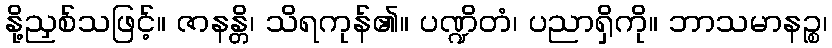
နို့ညှစ်သဖြင့်။ ဇာနန္တိ၊ သိရကုန်၏။ ပဏ္ဍိတံ၊ ပညာရှိကို။ ဘာသမာနဉ္စ၊